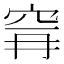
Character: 𮃺